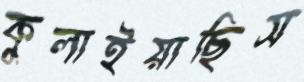
কুলাইয়াছিস